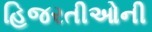
હિજરતીઓની